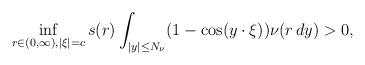
LaTeX: \begin{align*} \inf_{r \in (0, \infty ),|\xi|=c} s(r)\int_{|y|\leq N_\nu}(1-\cos(y \cdot \xi))\nu(r\, dy) >0,\end{align*}